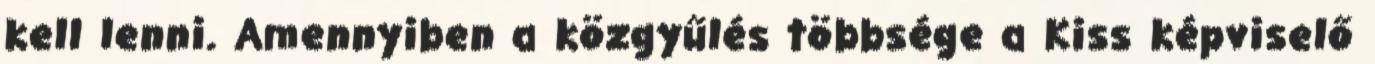
kell lenni. Amennyiben a közgyűlés többsége a Kiss képviselő